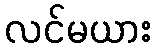
လင်မယား